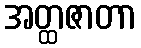
အတ္ထဇာတာ